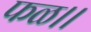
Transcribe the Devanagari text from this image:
फळ।।